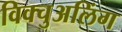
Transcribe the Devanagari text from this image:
विक्चुअलिंग